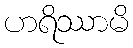
ဟရိဿာမိ